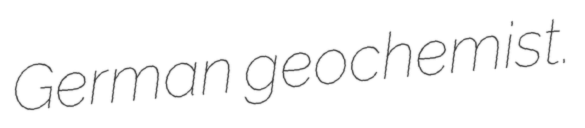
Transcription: German geochemist.